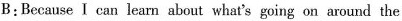
B:Because I can learn about what's going on around the